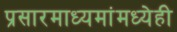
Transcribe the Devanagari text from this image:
प्रसारमाध्यमांमध्येही